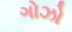
ગોઝો